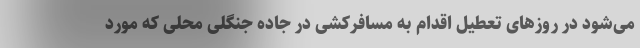
می‌شود در روزهای تعطیل اقدام به مسافرکشی در جاده جنگلی محلی که مورد